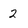
Character: 2